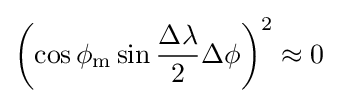
\left(\cos \phi _{\textrm {m}}\sin {\frac {\Delta \lambda }{2}}\Delta \phi \right)^{2}\approx 0